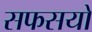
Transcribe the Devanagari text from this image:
सफसयों